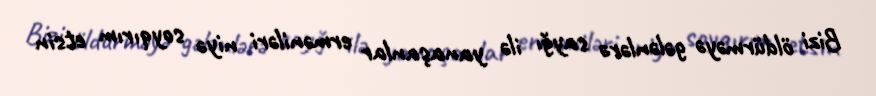
Bizi öldürməyə gələnlərə sayğı ilə yanaşanlar erməniləri niyə soyqırım etsin